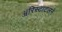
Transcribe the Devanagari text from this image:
ॲरिस्टाटलने